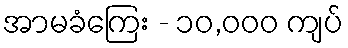
အာမခံကြေး - ၁၀,၀၀၀ ကျပ်